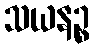
သယနဉ္စ